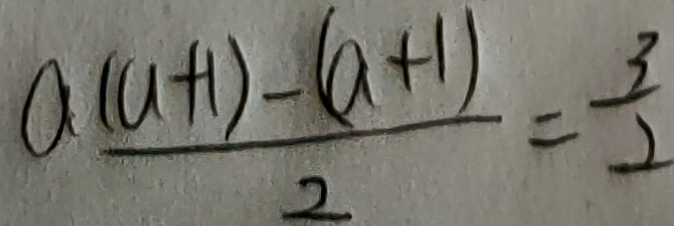
\frac { a ( a + 1 ) - ( a + 1 ) } { 2 } = \frac { 3 } { 2 }